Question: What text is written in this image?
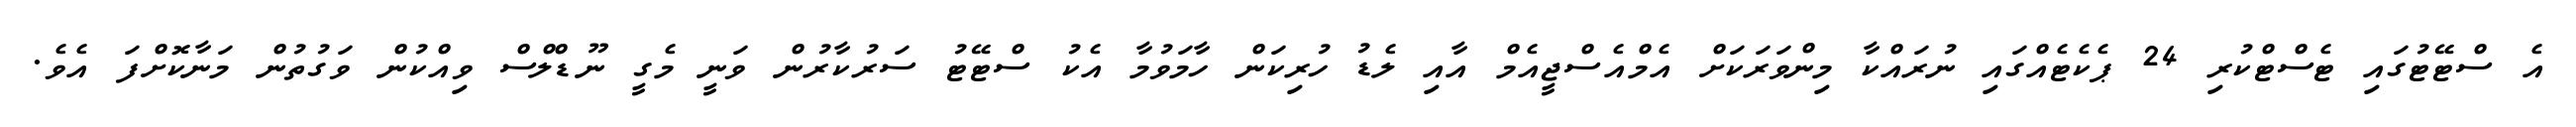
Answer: އެ ސްޓޭޓުގައި ޓެސްޓްކުރި 24 ޕެކެޓެއްގައި ނުރައްކާ މިންވަރަކަށް އެމްއެސްޖީއެމް އާއި ލެޑު ހުރިކަން ހާމަވުމާ އެކު ސްޓޭޓު ސަރުކާރުން ވަނީ މެގީ ނޫޑްލްސް ވިއްކުން ވަގުތުން މަނާކޮށްފަ އެވެ.